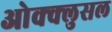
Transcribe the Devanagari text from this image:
ओक्क्लुसल